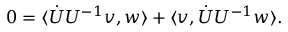
0 = \langle \Dot { U } U ^ { - 1 } v , w \rangle + \langle v , \Dot { U } U ^ { - 1 } w \rangle .